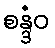
စန္ဒံဝ